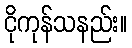
ငိုကုန်သနည်း။